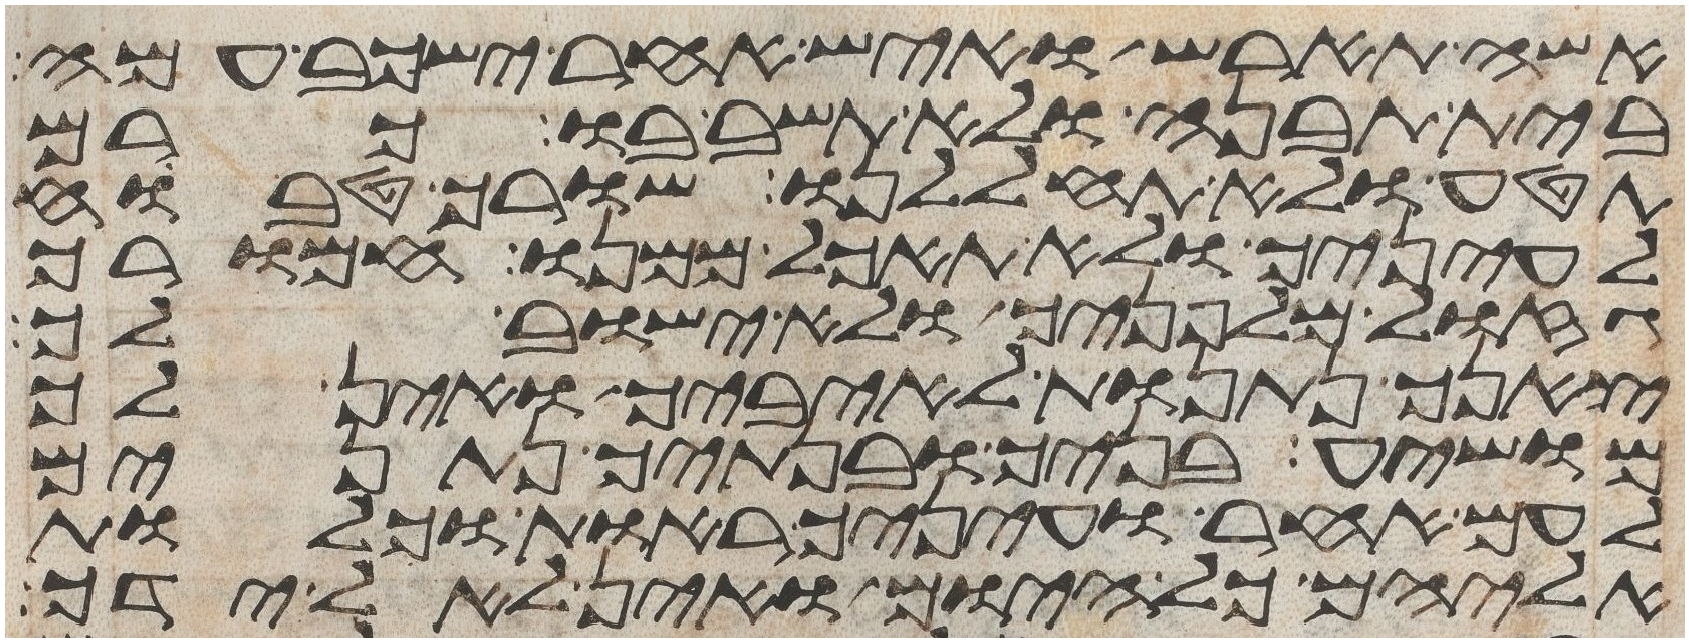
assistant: אשה תארש ואיש אחר ישכב עמה
בית תבנה ולא תשב בו כרם
תטע ולא תחללנו שורך טבוח
לעיניך ולא תאכל ממנו חמורך
גזול מלפניך ולא ישוב לך
צאנך נתנות לאיביך ואין לך
מושיע בניך ובנתיך נתנים
לעם אחר ועיניך ראות וכלות
אליהם כל היום ואין לאל ידך